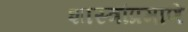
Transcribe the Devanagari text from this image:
शास्त्रांप्रमाणे